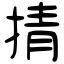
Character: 掅